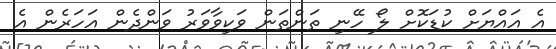
އެ އައްޔަށް ކުޑަކޮށް ލޯ ހޭނި ތަންތަން ވަކިވާވަރު ވަންދެން އަހަރެން އެ